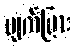
ပျက်ပြား